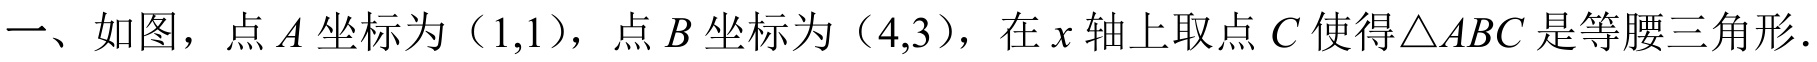
一、如图，点 \(A\) 坐标为（\(1,1\)），点 \(B\) 坐标为（\(4,3\)），在 \(x\) 轴上取点 \(C\) 使得\(\triangle ABC\) 是等腰三角形．